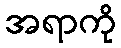
အရာကို